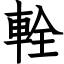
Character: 輇